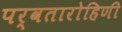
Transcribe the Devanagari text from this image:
पर्वतारोहिणी